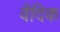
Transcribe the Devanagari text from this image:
वैदिक